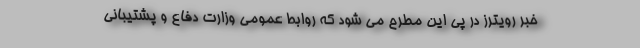
خبر رویترز در پی این مطرح می شود که روابط عمومی وزارت دفاع و پشتیبانی